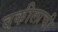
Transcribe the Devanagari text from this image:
वकीलाची